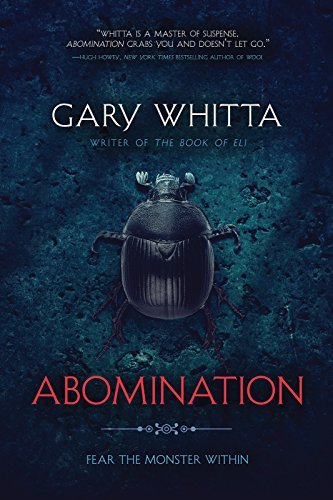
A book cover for Abomination; Gary Whitta; Science Fiction & Fantasy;